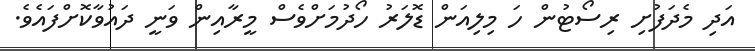
އަދި މެދަފުށި ރިސޯޓުން ހަ މިލިއަން ޑޮލަރު ހޯދުމަށްވެސް މީރާއިން ވަނީ ދައުވާކޮށްފައެވެ.